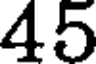
45